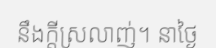
នឹងក្តីស្រលាញ់។ នាថ្ងៃ